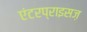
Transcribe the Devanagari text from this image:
एंटरप्राइसज़